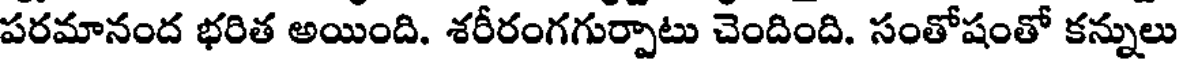
పరమానంద భరిత అయింది. శరీరంగగుర్పాటు చెందింది. సంతోషంతో కన్నులు